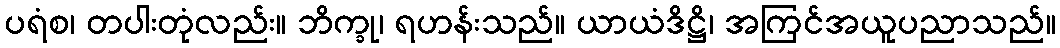
ပရံစ၊ တပါးတုံလည်း။ ဘိက္ခု၊ ရဟန်းသည်။ ယာယံဒိဋ္ဌိ၊ အကြင်အယူပညာသည်။